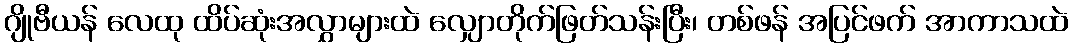
ဂျိုဗီယန် လေထု ထိပ်ဆုံးအလွှာများထဲ လျှောတိုက်ဖြတ်သန်းပြီး၊ တစ်ဖန် အပြင်ဖက် အာကာသထဲ